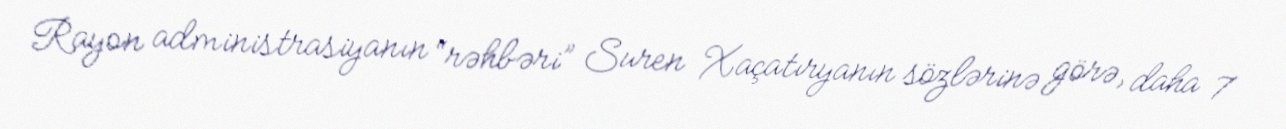
Rayon administrasiyanın “rəhbəri” Suren Xaçatıryanın sözlərinə görə, daha 7